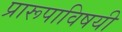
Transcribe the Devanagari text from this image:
प्रारूपाविषयी